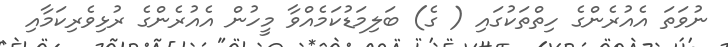
ނުވަތަ އެއުރެންގެ ހިތްތަކުގައި ( ގެ) ބަލިމަޑުކަމެއްވާ މީހުން އެއުރެންގެ ރުޅިވެރިކަމާއި